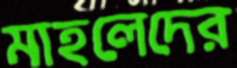
মাহলেদের